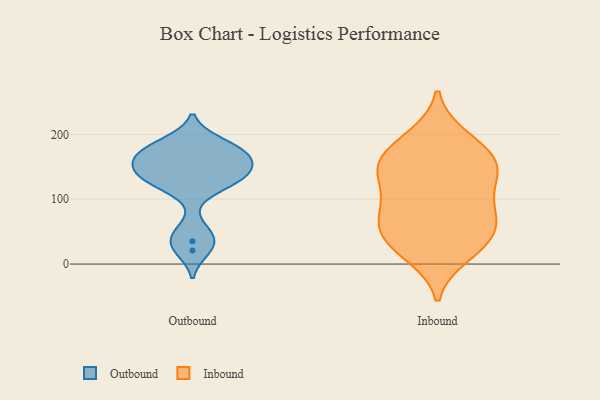
{"axis": {"x": "Customer Acquisition Cost (USD)", "y": "Value"}, "legend": ["Inbound", "Outbound"], "data": [{"x": "", "y": 127, "type": "Outbound"}, {"x": "", "y": 141, "type": "Outbound"}, {"x": "", "y": 35, "type": "Outbound"}, {"x": "", "y": 131, "type": "Outbound"}, {"x": "", "y": 188, "type": "Outbound"}, {"x": "", "y": 164, "type": "Outbound"}, {"x": "", "y": 173, "type": "Outbound"}, {"x": "", "y": 184, "type": "Outbound"}, {"x": "", "y": 119, "type": "Outbound"}, {"x": "", "y": 21, "type": "Outbound"}, {"x": "", "y": 156, "type": "Outbound"}, {"x": "", "y": 144, "type": "Outbound"}, {"x": "", "y": 50, "type": "Outbound"}, {"x": "", "y": 165, "type": "Outbound"}, {"x": "", "y": 43, "type": "Inbound"}, {"x": "", "y": 97, "type": "Inbound"}, {"x": "", "y": 128, "type": "Inbound"}, {"x": "", "y": 155, "type": "Inbound"}, {"x": "", "y": 154, "type": "Inbound"}, {"x": "", "y": 196, "type": "Inbound"}, {"x": "", "y": 166, "type": "Inbound"}, {"x": "", "y": 58, "type": "Inbound"}, {"x": "", "y": 112, "type": "Inbound"}, {"x": "", "y": 22, "type": "Inbound"}, {"x": "", "y": 14, "type": "Inbound"}, {"x": "", "y": 65, "type": "Inbound"}, {"x": "", "y": 72, "type": "Inbound"}, {"x": "", "y": 150, "type": "Inbound"}, {"x": "", "y": 74, "type": "Inbound"}, {"x": "", "y": 148, "type": "Inbound"}, {"x": "", "y": 191, "type": "Inbound"}, {"x": "", "y": 31, "type": "Inbound"}]}